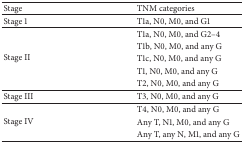
<table><thead><tr><td><b>Stage</b></td><td><b>TNM categories</b></td></tr></thead><tbody><tr><td>Stage 1</td><td>T1a, N0, M0, and G1</td></tr><tr><td rowspan="5">Stage II</td><td>T1a, N0, M0, and G2–4</td></tr><tr><td>T1b, N0, M0, and any G</td></tr><tr><td>T1c, N0, M0, and any G</td></tr><tr><td>T1, N0, M0, and any G</td></tr><tr><td>T2, N0, M0, and any G</td></tr><tr><td>Stage III</td><td>T3, N0, M0, and any G</td></tr><tr><td rowspan="3">Stage IV</td><td>T4, N0, M0, and any G</td></tr><tr><td>Any T, N1, M0, and any G</td></tr><tr><td>Any T, any N, M1, and any G</td></tr></tbody></table>